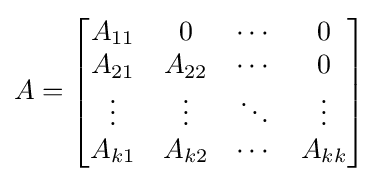
A={\begin{bmatrix}A_{11}&0&\cdots &0\\A_{21}&A_{22}&\cdots &0\\\vdots &\vdots &\ddots &\vdots \\A_{k1}&A_{k2}&\cdots &A_{kk}\end{bmatrix}}